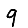
Digit: 9